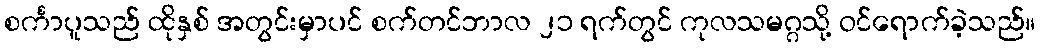
စင်္ကာပူသည် ထိုနှစ် အတွင်းမှာပင် စက်တင်ဘာလ ၂၁ ရက်တွင် ကုလသမဂ္ဂသို့ ဝင်ရောက်ခဲ့သည်။